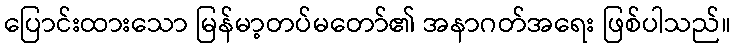
ပြောင်းထားသော မြန်မာ့တပ်မတော်၏ အနာဂတ်အရေး ဖြစ်ပါသည်။